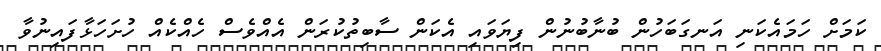
ކަމަށް ހަމައެކަނި އަނގަބަހުން ބުނާބުނުން ފިޔަވައި އެކަން ސާބިތުކުރަން އެއްވެސް ހެއްކެއް ހުށަހަޅާފައިނުވާ